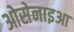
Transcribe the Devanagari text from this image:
ओसेनाइआ